Indian journal of veterinary science and animal husbandry - Volume 8,
Year: 1938
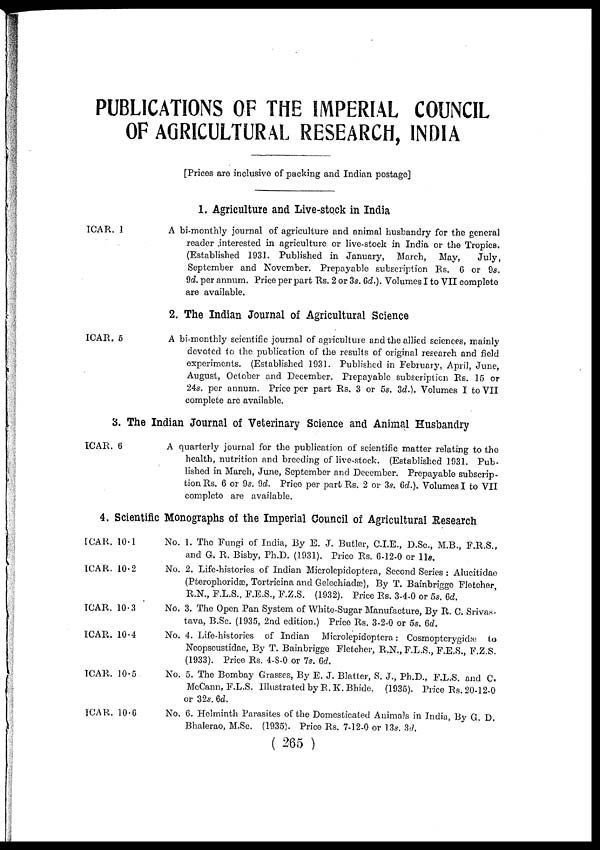
PUBLICATIONS OF THE IMPERIAL COUNCIL
OF AGRICULTURAL RESEARCH, INDIA
[Prices are inclusive of packing and Indian postage]
1. Agriculture and Live-stock in India
ICAR. 1
ICAR. 5
A bi-monthly journal of agriculture and animal husbandry for the general
reader interested in agriculture or live-stock in India or the Tropics.
(Established 1931. Published in January, March, May,
July,
September and November. Prepayable subscription Rs. 6 or 9s.
9d. per annum. Price per part Rs. 2 or 3s. 6d.). Volumes I to VII complete
are available.
2. The Indian Journal of Agricultural Science
A bi-monthly scientific journal of agriculture and the allied sciences, mainly
devoted to the publication of the results of original research and field
experiments. (Established 1931. Published in February, April, June,
August, October and December. Prepayable subscription Rs. 15 or
24s. per annum. Price per part Rs. 3 or 5s. 3d.). Volumes I to VII
complete are available.
3. The Indian Journal of Veterinary Science and Animal Husbandry
ICAR. 6
A quarterly journal for the publication of scientific matter relating to the
health, nutrition and breeding of live-stock. (Established 1931. Pub-
lished in March, June, September and December. Prepayable subscrip-
tion Rs. 6 or 9s. 9d. Price per part Rs. 2 or 3s. 6d.). Volumes I to VII
complete are available.
4. Scientific Monographs of the Imperial Council of Agricultural Research
ICAR. 10.1
ICAR. 10.2
ICAR. 10.3
ICAR. 10.4
ICAR. 10.5
ICAR. 10.6
No. 1. The Fungi of India, By E. J. Butler, C.I.E., D.Sc., M.B., F.R.S.,
and G. R. Bisby, Ph.D. (1931). Price Rs. 6-12-0 or 11s.
No. 2. Life-histories of Indian Microlepidoptera, Second Series : Alucitidae
(Pterophoridæ, Tortricina and Gelechiadæ), By T. Bainbrigge Fletcher,
R.N., F.L.S., F.E.S., F.Z.S. (1932). Price Rs. 3-4-0 or 5s. 6d.
No. 3. The Open Pan System of White-Sugar Manufacture, By R. C. Srivas-
tava, B.Sc. (1935, 2nd edition.) Price Rs. 3-2-0 or 5s. 6d.
No. 4. Life-histories of Indian Microlepidoptera : Cosmopterygidæ to
Neopseustidae, By T. Bainbrigge Fletcher, R.N., F.L.S., F.E.S., F.Z.S.
(1933). Price Rs. 4-8-0 or 7s. 6d.
No. 5. The Bombay Grasses, By E. J. Blatter, S. J., Ph.D., F.L.S. and C.
McCann, F.L.S. Illustrated by R. K. Bhide. (1935). Price Rs. 20-12-0
or 32s. 6d.
No. 6. Helminth Parasites of the Domesticated Animals in India, By G. D.
Bhalerao, M.Sc. (1935). Price Rs. 7-12-0 or 13s. 3d,
( 265 )